Annual report on the working of the mental hospitals in the Madras Presidency - 1912-1932
Year: 1912
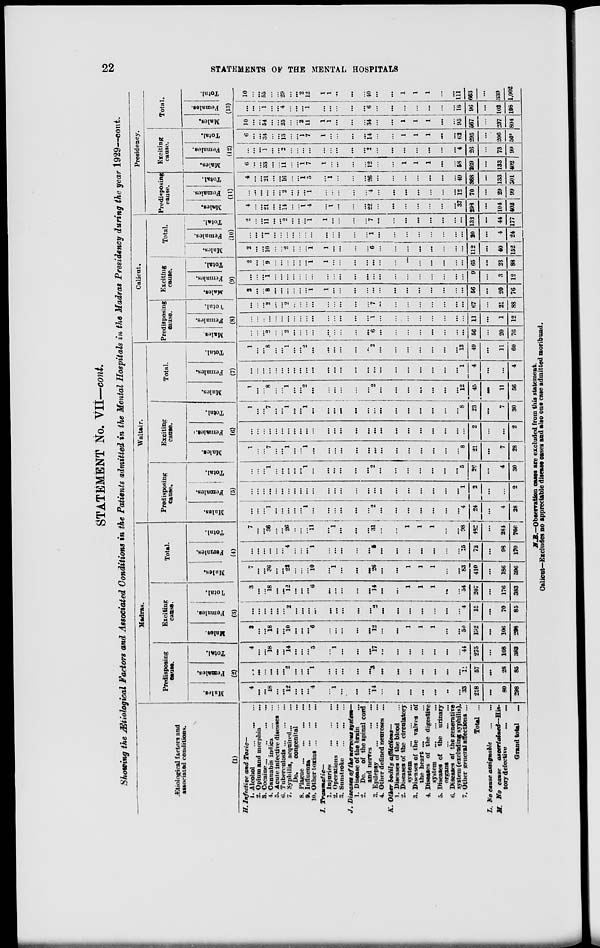
22
STATEMENTS
OF
THE MENTAL HOSPITALS
STATEMENT No. VII—cont.
Showing the Ætiotogical Factors and Associated Conditions in the Patients admitted in the Mental Hospitals in the Madras Presidency during the year 1929—cont.
Ætiological factors and
associated conditions.
(1)
H. Infective and Toxic—
1. Alcohol ... ... ...
2. Opium and morphia
...
3. Cocaine ... ... ... ...
4. Cannabis indica
...
...
5. Acute infective diseases ...
6. Tuberculosis ... ... ...
7. Syphilis, acquired ... ...
Do.
congenital ...
8. Plague
...
...
...
...
9.
Influenza
...
...
...
10. Other toxins ... ... ...
I.
Traumatic—
1. Injuries
...
...
...
2. Operations ...
...
...
3. Sunstroke
...
...
...
J. Diseases of the nervous system—
1. Disease of the brain ...
2. Do. of the spinal cord
and nerves ... ...
3. Epilepsy
...
...
...
4. Other defined neuroses ...
K. Other bodily
afflictions—
1. Diseases of the blood ...
2. Diseases of the circulatory
system
...
...
...
3. Diseases of the valves of
the heart ... ...
4. Diseases of the digestive
system
...
...
...
5. Diseases of the urinary
organs ... ... ...
6. Diseases of the generative
system (excluding syphilis).
7. Other general affections ...
Total ...
L. No cause assignable
...
...
M. No cause
ascertained—His
tory defective
...
...
Grand total
...
Madras.
Predisposing
cause.
Males.
Females.
Total.
(2)
4
...
...
18
...
...
12
...
...
...
4
...
1
...
...
...
14
...
...
...
...
...
...
...
33
218
...
80
298
...
...
...
...
...
...
2
...
...
...
1
...
...
...
...
...
3
...
...
...
...
...
...
...
11
57
...
28
85
4
...
...
18
...
...
14
...
...
...
5
...
1
...
...
....
17
...
...
...
...
...
...
...
44
275
...
108
383
Exciting
cause.
Males.
Females.
Total.
(3)
3
...
...
18
...
...
10
...
...
...
6
...
...
...
...
...
12
...
...
1
1
1
...
...
50
192
...
106
298
...
...
...
...
...
...
2
...
...
...
...
...
...
...
...
...
2
...
...
...
...
...
...
...
4
15
...
70
85
3
...
...
18
...
...
12
...
...
...
6
...
...
...
...
...
14
...
...
1
1
1
...
...
54
207
...
176
383
Total.
Males.
Females.
Total.
(4)
7
...
...
36
...
...
22
...
...
...
10
...
1
...
...
...
26
...
...
1
1
1
...
...
83
410
...
186
596
...
...
...
...
...
...
4
...
...
...
1
...
...
...
...
...
5
...
...
...
...
...
...
...
15
72
...
98
170
7
...
...
36
...
...
26
...
...
...
11
...
1
...
...
...
31
...
...
1
1
1
...
...
98
482
...
284
766
Waltair.
Predisposing
cause.
Males.
Females.
Total.
(5)
...
...
...
1
...
...
...
...
... 1
...
...
...
...
...
...
2
...
...
...
...
...
...
...
4
24
...
4
28
...
...
...
...
...
...
...
...
...
...
...
...
...
...
...
...
...
...
...
...
...
...
...
...
1
2
...
...
2
...
...
...
1
...
...
...
...
...
1
...
...
...
...
...
...
2
...
...
...
...
...
...
...
5
26
...
4
30
Exciting
cause.
Males.
Females.
Total.
(6)
1
...
...
7
...
...
1
...
... 1
...
...
...
...
...
...
...
...
...
...
...
...
...
...
8
21
...
7
28
...
...
...
...
...
...
...
...
...
...
...
...
...
...
...
...
...
...
...
...
...
...
...
...
...
2
...
...
2
1
...
...
7
...
...
1
...
...
1
...
...
...
...
...
...
...
...
...
...
...
...
...
...
8
23
...
7
30
Total.
Males.
Females.
Total.
(7)
1
...
...
8
...
...
1
...
...
2
...
...
...
...
...
...
2
...
...
...
...
...
...
...
12
45
...
11
56
...
...
...
...
...
...
...
...
...
...
...
...
...
...
...
...
...
...
...
...
...
...
...
...
1
4
...
...
4
1
...
...
8
...
...
1
...
...
2
...
...
...
...
...
...
2
...
...
...
...
...
...
...
13
49
...
11
60
Calicut.
Predisposing
cause.
Males.
Females.
Total.
(8)
...
...
...
2
...
...
2
...
...
...
...
...
...
...
...
...
6
...
...
...
...
...
...
...
...
56
...
20
76
...
...
...
...
...
...
...
...
...
...
...
...
...
...
...
...
1
...
...
...
...
...
...
...
...
11
...
1
12
...
...
...
2
...
...
2
...
...
...
...
...
...
...
...
...
7
...
...
...
...
...
...
...
...
67
...
21
88
Exciting
cause.
Males.
Females.
Total.
(9)
2
...
...
8
...
...
...
...
...
...
1
1
...
...
...
...
...
...
...
...
...
...
...
...
...
56
...
20
76
...
...
...
1
...
...
...
...
...
...
...
...
...
...
...
...
...
...
...
...
...
...
...
...
...
9
...
3
12
2
...
...
9
...
...
...
...
...
...
1
1
...
...
...
...
...
...
...
...
...
...
...
...
...
65
...
23
88
Total.
Males.
Females.
Total.
(10)
2
...
...
10
...
...
2
...
...
...
1
1
...
...
...
...
6
...
...
...
...
...
...
...
...
112
...
40
152
...
...
...
1
...
...
...
...
...
...
...
...
...
...
...
...
1
...
...
...
...
...
...
...
...
20
...
4
24
2
...
...
11
...
...
2
...
...
...
1
1
...
...
...
...
7
...
...
...
...
...
...
...
...
132
...
44
177
Presidency.
Predisposing
cause.
Males.
Females.
Total.
(11)
4
...
...
21
...
...
14
...
... 1
4
...
1
...
...
...
22
...
...
...
...
...
...
...
37
298
...
104
402
...
...
...
...
...
...
2
...
...
...
1
...
...
...
...
...
4
...
...
...
...
...
...
...
12
70
...
29
99
4
...
...
21
...
...
16
...
...
1
5
...
1
...
...
...
26
...
...
...
...
...
...
...
49
368
...
133
501
Exciting
cause.
Males.
Females.
Total.
(12)
6
...
...
33
...
...
11 ...
...
1
7
1
...
...
...
...
12
...
...
1
1
1
...
...
58
269
...
133
402
...
...
...
1
...
...
2
...
...
...
...
...
...
...
...
...
2
...
...
...
...
...
...
...
4
26
...
73
99
6
...
...
34
...
...
13
...
...
1
7
1
...
...
...
...
14
...
...
1
1
1
...
...
62
295
...
206
501
Total.
Males.
Females.
Total.
(13)
10
...
...
54
...
...
25
...
...
2
11
1
1
...
...
...
34
...
...
1
1
1
...
...
95
567
...
237
804
...
...
...
1
...
...
4
...
...
...
1
...
...
...
...
...
6
...
...
...
...
...
...
...
16
96
...
102
198
10
...
...
55
...
...
29
...
...
2
12
1
1
...
...
...
40
...
...
1
1
1
...
...
111
663
...
339
1,002
N.B.—Observation cases are excluded from this statement.
Calicut—Excludes no appreciable disease cases and also one case admitted moribund.